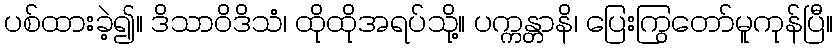
ပစ်ထားခဲ့၍။ ဒိသာဝိဒိသံ၊ ထိုထိုအရပ်သို့။ ပက္ကန္တာနိ၊ ပြေးကြွတော်မူကုန်ပြီ။